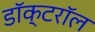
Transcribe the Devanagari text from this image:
डॉक्टरॉल